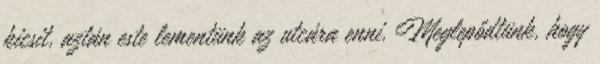
kicsit, aztán este lementünk az utcára enni. Meglepődtünk, hogy